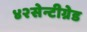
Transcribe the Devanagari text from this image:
४२सेन्टीग्रेड